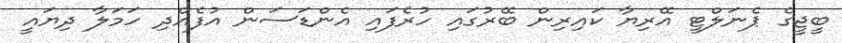
ބީޖީގެ ޕެނަލްޓީ އޭރިޔާ ކައިރިން ބޭރުގައި ހުރެފައި އެންޑަސަން އުފެއްދި ހަމަލާ ދިޔައީ